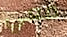
معي